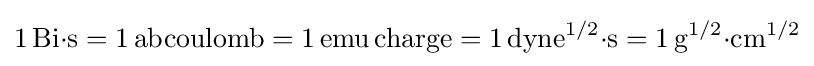
\mathrm {1\,Bi{\cdot }s=1\,abcoulomb=1\,emu\,charge=1\,dyne^{1/2}{\cdot }s=1\,g^{1/2}{\cdot }cm^{1/2}}